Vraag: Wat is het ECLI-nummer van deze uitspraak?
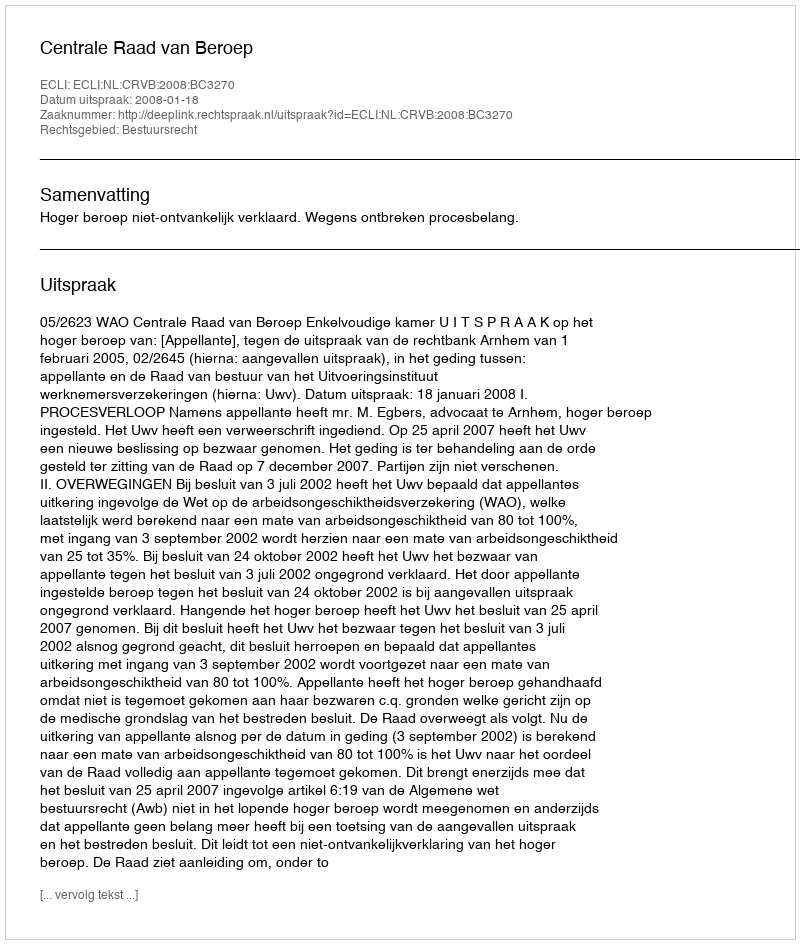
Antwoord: ECLI:NL:CRVB:2008:BC3270